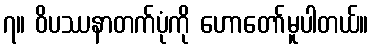
၇။ ဝိပဿနာတက်ပုံကို ဟောတော်မူပါတယ်။